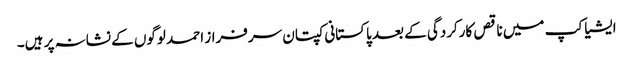
ایشیا کپ میں ناقص کارکردگی کے بعد پاکستانی کپتان سرفراز احمد لوگوں کے نشانہ پر ہیں۔